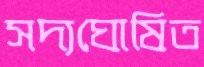
সদ্যঘোষিত